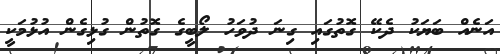
އަނެއް ބަޔަކު ދެކޭ ގޮތުގައި ގިނަ ދުވަހު ލޯބީގެ ގޮތުން ގުޅިގެން އުޅުމަކީ